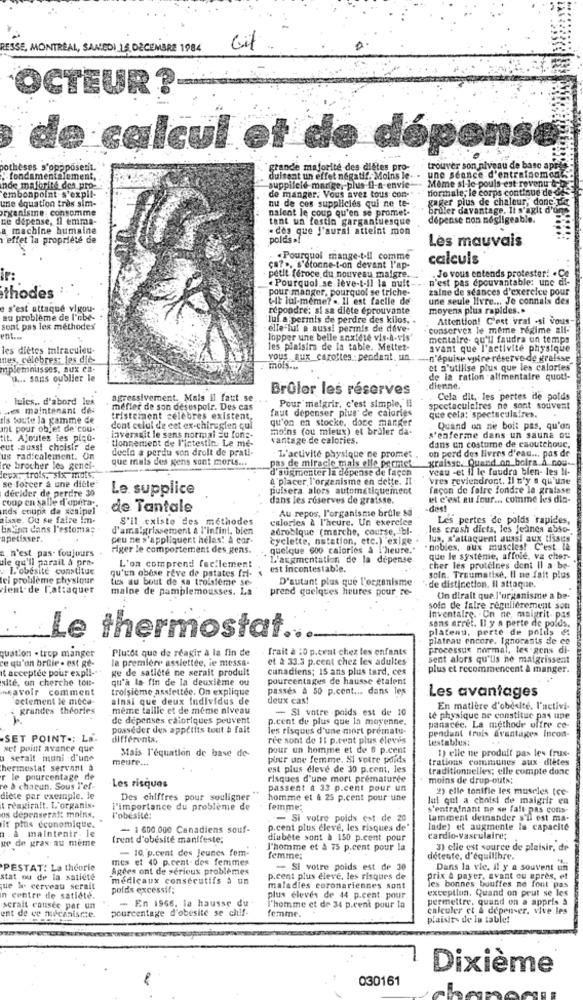
RESSE, MONTREAL, SAMEDI 15 DÉCEMBRE 1984
OCTEUR ?
de calcul et de dé
pothèses s'opposerit.
grande majorité des diètes pro-
trouver son niveau de base aps!
fondamentalement,
duisent un effet negatif- Moins le.
une séance d'entrainement
inde majorité des pro-
embonpoint s'expli-
suppilele marge, plus Il-a envie-
de manger. Vous avez tous con-"
`formhale; le corps continue de o
Meme si-le pouls est revenu
une équation très sim-
nu de ces supplicies qui ne te-
gager plus de chaleur, done.the
organisme: consomme
nalent le coup qu'en se promet-
bruler davantage. Il s'agit d'un
ne dépense, Il emma-
tant un festin gargantuesque
dépense non négligeable.
a machine humaine
. dès que J'aurai atteint mon
effet la propriété de
polds af
Les mauvais
. Pourquoi mange-t-il comme
calculs
ca ?., s'étonne-t-on devant l'ap-
. Je vous entends protester! . Ce
ir:
petit féroce du nouveau maigre.
Pourquoi se lève-t-il la nuit --- n'est pas épouvantable: une di-
pour manger, pourquoi se triche-
zalne de séances d'exercice pour
thodes
Cit lul-meme? .. Il est facile de
une seule livre ... Je connais des
e s'est attaqué vigou-
répondre: si sa diete éprouvante
moyens plus rapides ..
au problème de l'obe-
luf a permis de perdre des kilos. .
Attention! C'est vrai -si vous-
sont pas les méthodes
elle lut a aussi permis de dive-
conservez le même régime zil-
ent ...
lopper une belle anxiété vis-à-vis'
mentalre- qu'il faudra un temps
les diètes miraculeu-
les plaisirs de la table. Mettez-
avant que l'activité physique
tes, célebres: les die-
vous aux_caroltes: pendant. un
-n'épuise votre réserve de graisse
mplemnuisses, aux ca.
et s'utilise plus que les calories
u ... sans oublier le
de la ration alimentaire quotf-
Brûler les réserves
dienne.
lules ,. d'abord les
agressivement. Mais il faut.se
Pour maigrir, c'est simple, il
Cela dit, les portes de poids
ves maintenant des
méfier de son desuspoir. Des cas
faut depenser plus de calories
spectaculaires ne sont souvent
ils toute la gamme de
tristement célèbres existent,
qu'on en stocke, donc manger
que cela: spectaculaires.
Int pour objet de cou-
dont celui de cet ex-chireglen qui
moins (ou mieux) et braler da-
Quand on ne bolt pas, qu'on
tit. Ajoutez les plou-
inverasit le sens normal Eu fons-
tionnement de l'intestin, Le me-
vantage de calories.
s'enferme dans un sauna ou
eut aussi choisir de
desio a perdu son droit de prati-
on perd des livres d'eau ... pas de
dans un costume de caoutchouc.
us radicalement. On
que mais des gens sont morts ...
L'activité physique ne promet .
graisse. Quand on boira A nou ..
re brocher les genel-
d'augmenter la dépense de façon
pas de miracie mais elle permet
veau -et il le faudra bien- les N-
lepa, trots. six mois.
se forcer & une diete
& 'placer, l'organisme en delte. Il
"vres reviendront. Il n'y a qu'une
décider de perdre 30
Le. supplice
pulsera alors automatiquement
façon de faire fondre la graisse
coop en salle d'opera".
dans les réserves de graisse.
et c'est au four ... comme les dia-
nds coups da sesipel
de Tantale
Au repos, l'organisme brûle sd
-des!
tisse. Ou se faire Im-
S'il existe des méthodes
calories & l'heure. Un exercice
Les pertes de poids rapides,
halina dans l'estomac
d'amaigrissement à l'infini, bien
adroblque (marche, course, bl-
les crash dicts, les jeunes abso-
apetisser.
peu ne s'appliquent hélas: A cor-
cyclette, natation, etc.) exige .
lus, s'attaquent aussi aux tissus
e n'est pas- toujours
Higer le comportement des gens.
quelque 600 calories à l'heure."
. nobles, aux muscles! C'est la
ule qu'il parail à pre-
L'augmentation de la depense
que le système, affole, va cher-
. L'obésité constitue
L'on comprend facilement
est incontestable.
cher les protéines dont Il a be-
lei problème physique
qu'un obèse rêve de patates fri-
tex au bout de sa troisième se-
D'autant plus que l'organisme
soln. Traumatisé, Il ne fait plus
lent de L'attaquer
maine de pamplemousses. La
prend quelques heures pour re-
de distinction, Il attaque.
On dirait que l'organisme a be-
soin de faire régulièrement son
sans arrêt. Il y a perte de polds.
Inventaire. Cn ne, maigrit. pas
plateau, perte de poids &
Le thermostat.
plateau encore. Ignorants de co
quation . trop manger
Plutôt que de réagir a la fin de
frait à 10 p.cent chez les enfants
processus normal, les gens di-
ce qu'on bruie - est ge-
la première assiettee, ie messa-
et à 33.3 p.cent chez les adultes
sent alors qu'lis ne matgrissenit
it acceptée pour expli -**
ge de satiété ne serait produit
canadiens; 15 ans plus tard, ces
plus et recommencent à manger.
site, on cherche tou-
qu'à la fin de la deuxième ou
pourcentages de hausse étaient
nsavoir comment
troisième assiettee. On explique
passés à 50 p.cent ... dans les
actement le mieca.
ainsi que deux Individus de
deux cas!
Les avantages
grandes theories
même taille et de même niveau
- Si votre poids est de 10
En matière d'obésité. l'activi-
de dépenses caloriques peuvent
p.cent de plus que la moyenne.
panacée. La methode offre ce-
te physique ne constitue pas une
posséder des appetits tout à fait
les risques d'une mort prématu-
pendant trois Avantages Incon-
SET POINT -: Li.
différents.
ree sont de 11 p.ceat plus élevés
Lestables:
set point avance que
Mais l'équation de base de-
pour un homme et de 6 p.cent
1) elle ne produit pas les (rus-
serait muni d'une
meure ...
pour une femme. Si votre poids
trations communes aux- diètes
hermostat servant a
est plus élevé de 30 p.cent, les
traditionnelles; elle compte donc
r le pourcentage de
Les risques
risques d'une mort prématurée
moins de drup-outs;
re & chacun. Sous l'ef-
passent a 33 p.cent pour un
2) elle tonifie les muscles tee-
diète par exemple. le
Des chiffres pour souligner
homme et à 25 p.cent pour une
lui qui a choisi de maigrir en
t reagiralt. L'organis-
l'importance du problème de
femme;
s'entrafnant ne ne falt pas cons-
os depenseralt moins.
l'obésité:
- Si votre poids est de 20
tamment deinander s'il est ma-
if ptos économique.
a . à maintenir . le
- 1600.000 Canadiens souf-
p.cent plus eleve, les risques de'
lade) et augmente la capacité
we de gras au meme
(rent d'obésité manifeste;
diabete sont à 150 p.cent pour
cardio-vasculaire;
- 10. p.cent des Jeunes fem-
l'homme et à 75 p.cent pour la
3) elle est source de plaisir, de
mes et 40 p.cent- des femmes
femme;
détente. d'équilibre.
PESTAT: La theorie
Agées ont de sérieux problèmes
- Si votre poids est de 30
Dans la vie. il y a souvent un
stat ou de la satiete
médicaux consécutifs à un
p.cent plus élevé, les risques de
prix & payer, avant ou après, et
que Ir cerveau serait
polds excessif;
maladies coronariennes sont
les bonnes bouffes ne font pas
exception. Quand on peut se les
in centre de saticte.
- En 1966. la hausse du
plus élevés de 44 p.cent pour
permettre, quand on a appris à
serait causee par un
pourcentage d'obésité se chif-
l'homme et de 34 p.cent pour la
femme.
calculer et & dépenser, vive les
ent de ce nulcanisrze.
plaisirs de la table!
Dixième
-
030161